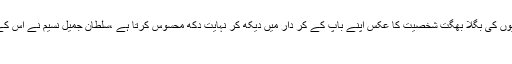
وہ ان خفاش منش وحشیوں کی بگلا بھگت شخصیت کا عکس اپنے باپ کے کر دار میں دیکھ کر نہایت دکھ محسوس کرتا ہے ،سلطان جمیل نسیم نے اس کے بارے میں لکھا ہے :
’’۔